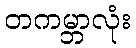
တကမ္ဘာလုံး